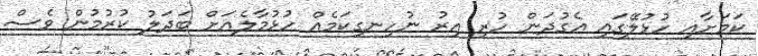
ކަމަށާއި ހުޅުލޭގައި އެގުދަން ހުރި އިރު ނުހިނގިކަމެއް ހުޅުމާލެއަށް ބަދަލު ކުރުމުން ވެސް